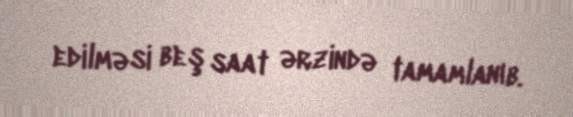
edilməsi beş saat ərzində tamamlanıb.